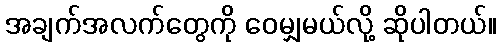
အချက်အလက်တွေကို ဝေမျှမယ်လို့ ဆိုပါတယ်။